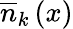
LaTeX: \overline{{n}}_{k}\left(x\right)